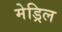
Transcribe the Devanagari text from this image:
मेड्रिल